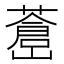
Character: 𦾝